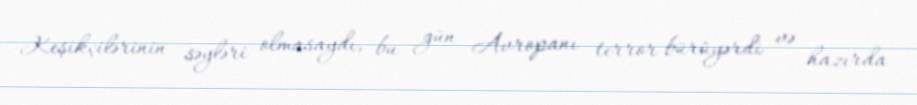
Keşikçilərinin səyləri olmasaydı, bu gün Avropanı terror bürüyərdi və hazırda